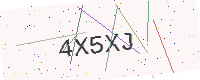
Text: 4X5XJ